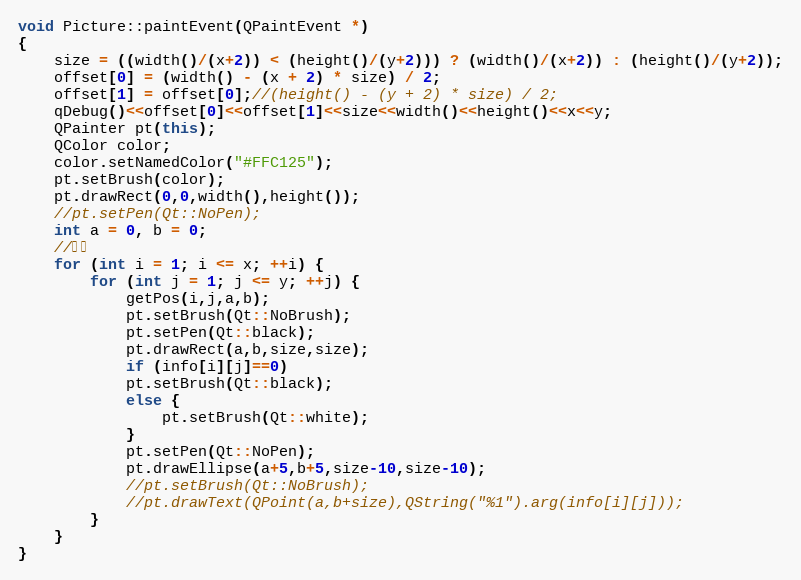
Language: C++
void Picture::paintEvent(QPaintEvent *)
{
    size = ((width()/(x+2)) < (height()/(y+2))) ? (width()/(x+2)) : (height()/(y+2));
    offset[0] = (width() - (x + 2) * size) / 2;
    offset[1] = offset[0];//(height() - (y + 2) * size) / 2;
    qDebug()<<offset[0]<<offset[1]<<size<<width()<<height()<<x<<y;
    QPainter pt(this);
    QColor color;
    color.setNamedColor("#FFC125");
    pt.setBrush(color);
    pt.drawRect(0,0,width(),height());
    //pt.setPen(Qt::NoPen);
    int a = 0, b = 0;
    //网格
    for (int i = 1; i <= x; ++i) {
        for (int j = 1; j <= y; ++j) {
            getPos(i,j,a,b);
            pt.setBrush(Qt::NoBrush);
            pt.setPen(Qt::black);
            pt.drawRect(a,b,size,size);
            if (info[i][j]==0)
            pt.setBrush(Qt::black);
            else {
                pt.setBrush(Qt::white);
            }
            pt.setPen(Qt::NoPen);
            pt.drawEllipse(a+5,b+5,size-10,size-10);
            //pt.setBrush(Qt::NoBrush);
            //pt.drawText(QPoint(a,b+size),QString("%1").arg(info[i][j]));
        }
    }
}